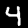
Digit: 4